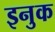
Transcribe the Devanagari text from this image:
इनुक